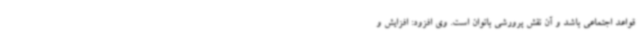
قواعد اجتماعی باشد و آن نقش پرورشی بانوان است. وی افزود: افزایش و